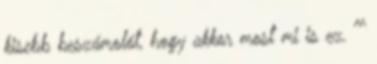
kisebb beszámolót, hogy akkor most mi is ez. ^^